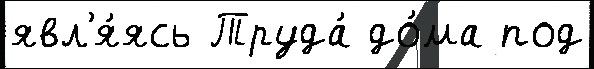
явл'я́ясь Труда́ до́ма под